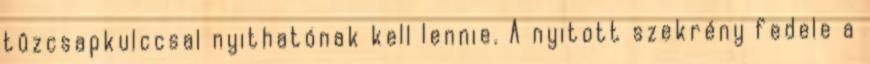
tûzcsapkulccsal nyithatónak kell lennie. A nyitott szekrény fedele a